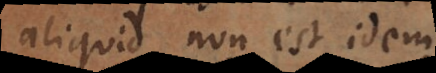
aliquid non est idem.